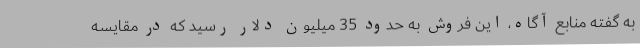
به گفته منابع آگاه، این فروش به حدود 35 میلیون دلار رسید که در مقایسه